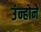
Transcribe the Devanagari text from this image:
उंन्होने